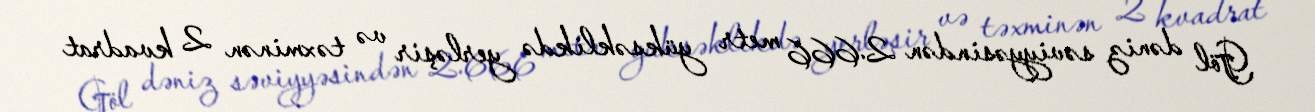
Göl dəniz səviyyəsindən 2.666 metr yüksəklikdə yerləşir və təxminən 2 kvadrat